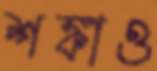
শঙ্কাও